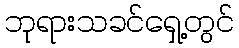
ဘုရားသခင်ရှေ့တွင်